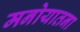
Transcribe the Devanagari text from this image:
मनोयातना